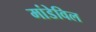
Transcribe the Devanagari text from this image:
मांडेविल